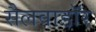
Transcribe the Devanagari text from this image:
सैलवाडॉर